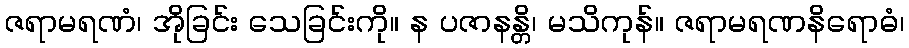
ဇရာမရဏံ၊ အိုခြင်း သေခြင်းကို။ န ပဇာနန္တိ၊ မသိကုန်။ ဇရာမရဏနိရောဓံ၊